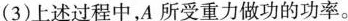
(3)上述过程中，A 所受重力做功的功率。